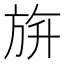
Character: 𣃬